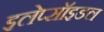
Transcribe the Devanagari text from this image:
इलेप्सॉइडल